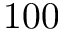
1 0 0